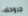
جروحك